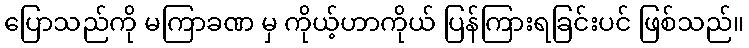
ပြောသည်ကို မကြာခဏ မှ ကိုယ့်ဟာကိုယ် ပြန်ကြားရခြင်းပင် ဖြစ်သည်။